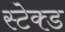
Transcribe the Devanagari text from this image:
स्टेक्ड